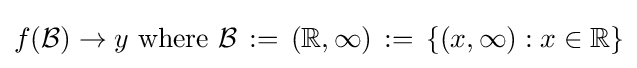
f({\mathcal {B}})\to y{\text{ where }}{\mathcal {B}}\,:=\,(\mathbb {R} ,\infty )\,:=\,\{(x,\infty ):x\in \mathbb {R} \}